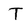
Character: T